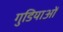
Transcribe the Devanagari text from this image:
गुडियाओं